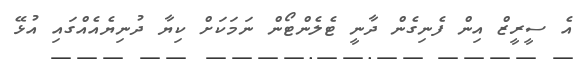
އެ ސީރީޒް އިން ފެނިގެން ދާނީ ޓެލެންޓޯން ނަމަކަށް ކިޔާ ދުނިޔެއެއްގައި އުޅޭ